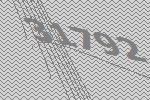
31792